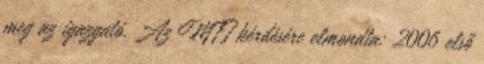
meg az igazgató. Az MTI kérdésére elmondta: 2006 első